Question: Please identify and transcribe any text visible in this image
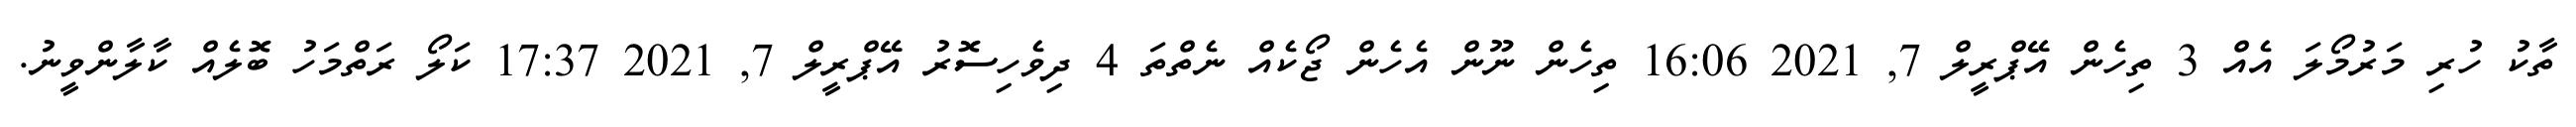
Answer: ތާކު ހުރި މަރުމޯލަ އެއް 3 ތިހެން އޭޕްރީލް 7, 2021 16:06 ތިހެން ނޫން އެހެން ޖޯކެއް ނެތްތަ 4 ދިވެހިސޮރު އޭޕްރީލް 7, 2021 17:37 ކަލޯ ރަތްމަހު ބޮލެއް ކާލާންވީނު.